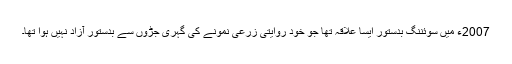
2007ء میں سوئننگ بدستور ایسا علاقہ تھا جو خود روایتی زرعی نمونے کی گہری جڑوں سے بدستور آزاد نہیں ہوا تھا۔